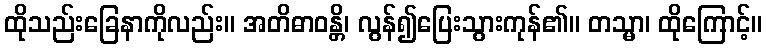
ထိုသည်းခြေနာကိုလည်း။ အတိဓာဝန္တိ၊ လွန်၍ပြေးသွားကုန်၏။ တသ္မာ၊ ထိုကြောင့်။